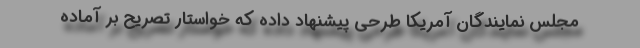
مجلس نمایندگان آمریکا طرحی پیشنهاد داده که خواستار تصریح بر آماده